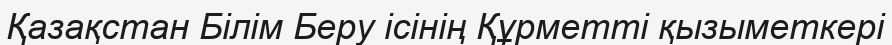
Қазақстан Білім Беру ісінің Құрметті қызыметкері